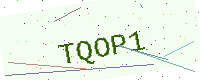
Text: TQOP1